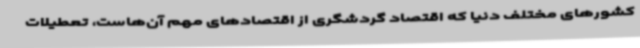
کشورهای مختلف دنیا که اقتصاد گردشگری از اقتصادهای مهم آن‌هاست، تعطیلات